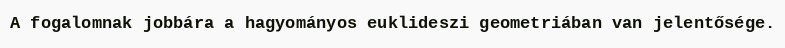
A fogalomnak jobbára a hagyományos euklideszi geometriában van jelentősége.